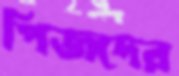
পিজদের